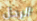
الرجل